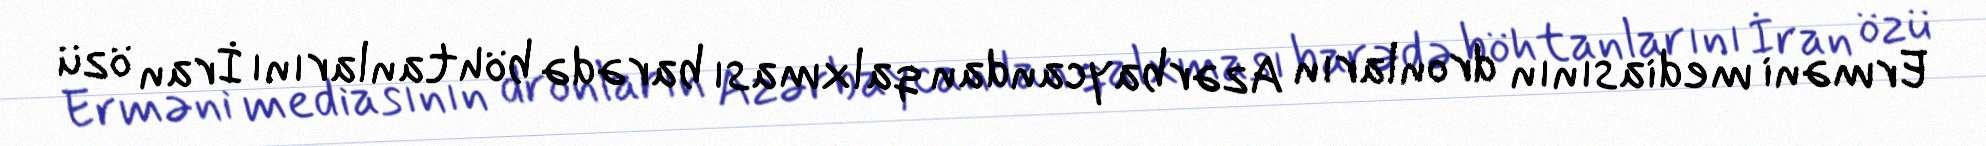
Erməni mediasının dronların Azərbaycandan qalxması barədə böhtanlarını İran özü